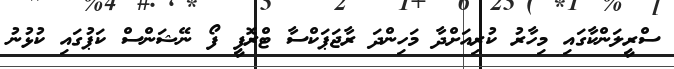
ސްރީލަންކާގައި މިހާރު ކުރިއަށްދާ މަހިންދަ ރާޖަޕަކްސާ ޓްރޮފީ ފޯ ނޭޝަންސް ކަޕުގައި ކުޅުނު